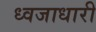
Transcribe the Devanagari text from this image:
ध्‍वजाधारी